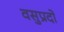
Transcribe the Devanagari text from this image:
वसुप्रदो